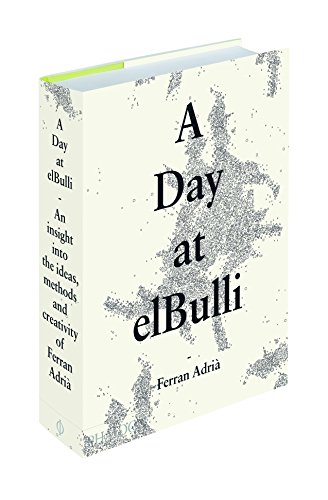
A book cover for A Day at elbulli - Classic Edition; Cookbooks, Food & Wine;